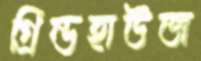
গ্রিন্ডহাউজ